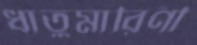
ধাতুমারিণী